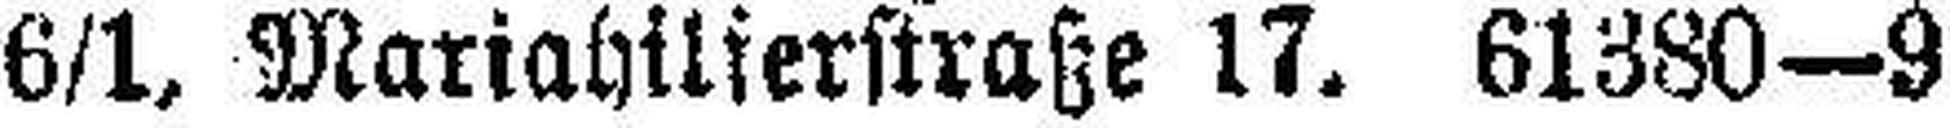
6/1, Mariahilierstraße 17. 61380—9